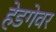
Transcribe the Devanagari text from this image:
हेडगेवर